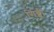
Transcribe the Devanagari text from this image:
गिब्बी